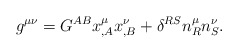
\begin{align*}g^{\mu\nu}=G^{AB}x^\mu_{,A} x^\nu_{,B}+\delta^{RS}n^\mu_R n^\nu_S.\end{align*}